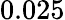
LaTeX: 0.025